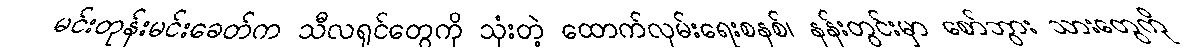
မင်းတုန်းမင်းခေတ်က သီလရှင်တွေကို သုံးတဲ့ ထောက်လှမ်းရေးစနစ်၊ နန်းတွင်းမှာ စော်ဘွား သားတွေကို